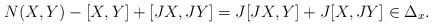
LaTeX: \begin{align*}N(X,Y)-[X,Y]+[JX,JY]=J[JX,Y]+J[X,JY]\in\Delta_{x}.\end{align*}